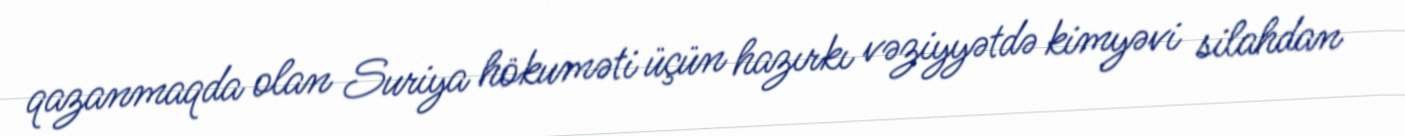
qazanmaqda olan Suriya hökuməti üçün hazırkı vəziyyətdə kimyəvi silahdan